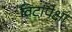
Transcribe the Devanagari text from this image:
विटांपेक्षा